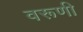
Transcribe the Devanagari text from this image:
वरूणी